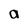
Character: a